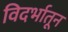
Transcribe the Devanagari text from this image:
विदर्भातून